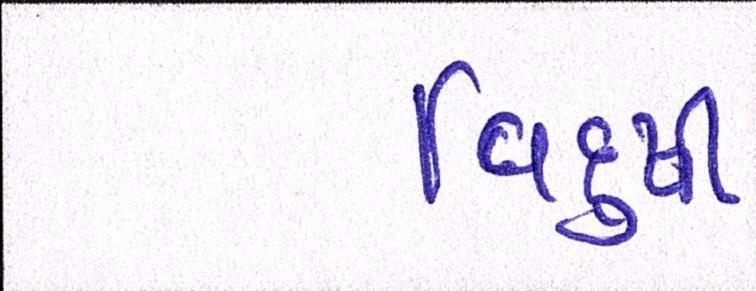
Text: વિદુષી